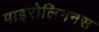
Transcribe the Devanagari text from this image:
पाइरोलिगनस